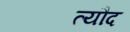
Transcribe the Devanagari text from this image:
त्यौद